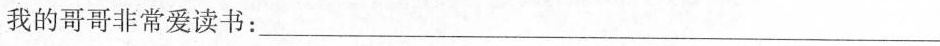
我的哥哥非常爱读书：___